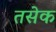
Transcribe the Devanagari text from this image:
तसेक